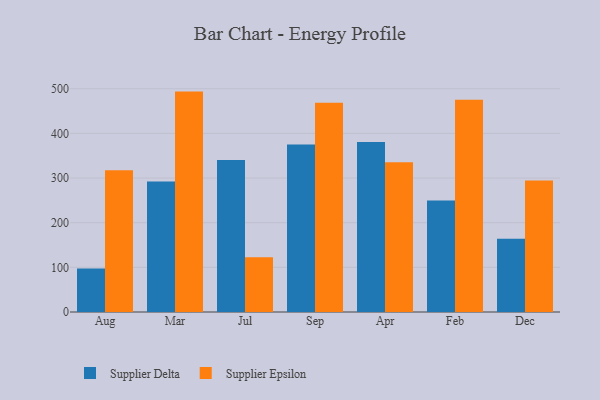
{"axis": {"x": "Month", "y": "Latency (ms)"}, "legend": ["Supplier Delta", "Supplier Epsilon"], "data": [{"x": "Aug", "y": 97.2, "type": "Supplier Delta"}, {"x": "Aug", "y": 317.3, "type": "Supplier Epsilon"}, {"x": "Mar", "y": 292.0, "type": "Supplier Delta"}, {"x": "Mar", "y": 493.5, "type": "Supplier Epsilon"}, {"x": "Jul", "y": 340.1, "type": "Supplier Delta"}, {"x": "Jul", "y": 122.4, "type": "Supplier Epsilon"}, {"x": "Sep", "y": 374.8, "type": "Supplier Delta"}, {"x": "Sep", "y": 468.4, "type": "Supplier Epsilon"}, {"x": "Apr", "y": 380.9, "type": "Supplier Delta"}, {"x": "Apr", "y": 335.5, "type": "Supplier Epsilon"}, {"x": "Feb", "y": 249.6, "type": "Supplier Delta"}, {"x": "Feb", "y": 475.3, "type": "Supplier Epsilon"}, {"x": "Dec", "y": 164.0, "type": "Supplier Delta"}, {"x": "Dec", "y": 294.4, "type": "Supplier Epsilon"}]}